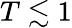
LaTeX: T\lesssim 1